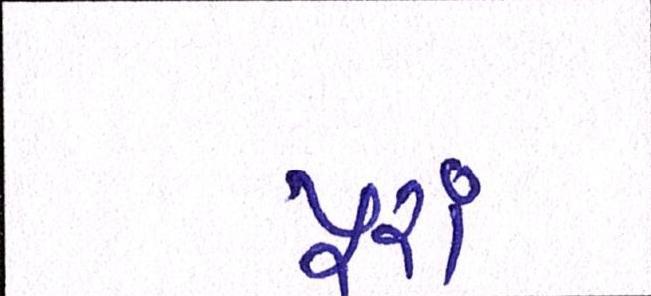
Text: પૂરાં